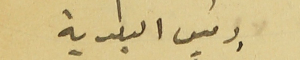
رئيس البلدية